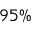
9 5 \%